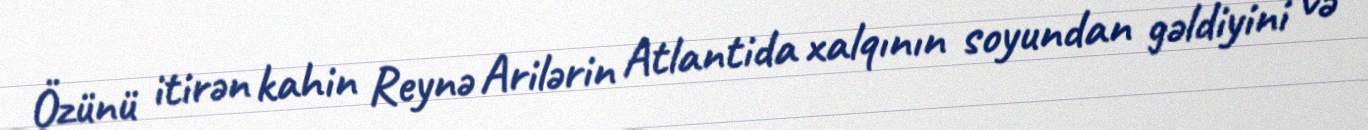
Özünü itirən kahin Reynə Arilərin Atlantida xalqının soyundan gəldiyini və